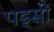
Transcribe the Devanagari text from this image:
पड्सी